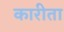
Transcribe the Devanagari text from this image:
कारीता